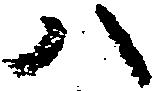
八